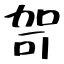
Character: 哿